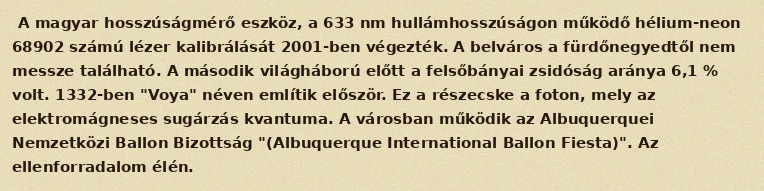
A magyar hosszúságmérő eszköz, a 633 nm hullámhosszúságon működő hélium-neon 68902 számú lézer kalibrálását 2001-ben végezték. A belváros a fürdőnegyedtől nem messze található. A második világháború előtt a felsőbányai zsidóság aránya 6,1 % volt. 1332-ben "Voya" néven említik először. Ez a részecske a foton, mely az elektromágneses sugárzás kvantuma. A városban működik az Albuquerquei Nemzetközi Ballon Bizottság "(Albuquerque International Ballon Fiesta)". Az ellenforradalom élén.